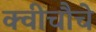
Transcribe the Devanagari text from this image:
क्वीचौचे